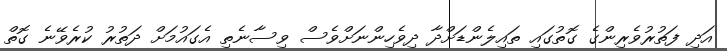
އަދި ފަތުރުވެރިންގެ ގޮތުގައި ތައިލެންޑަށްދާ ދިވެހިންނަށްވެސް ވިސާނެތި އެގައުމަށް ދަތުރު ކުރެވޭނެ ގޮތް